Insane asylums Bombay 1873-77 - 1873-1877
Year: 1873
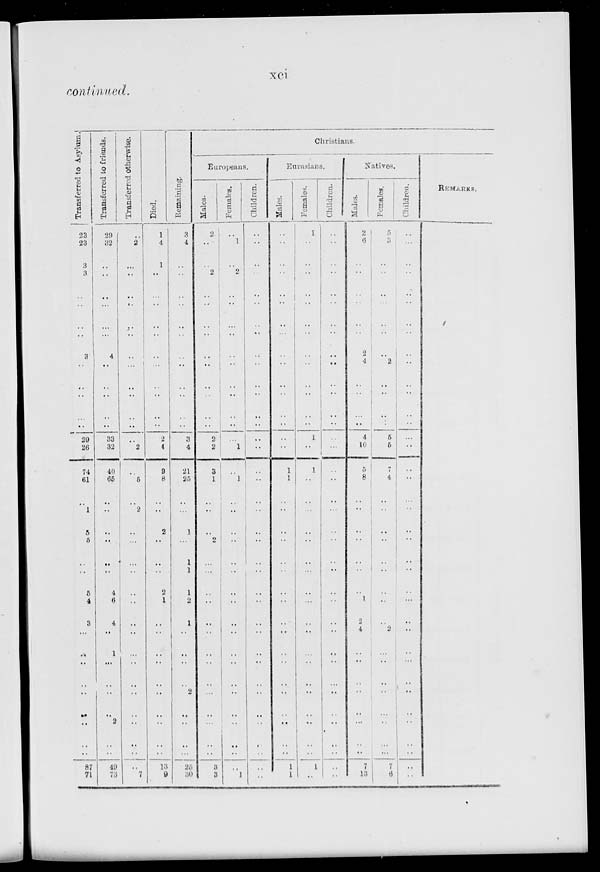
xci
continued.
Transferred to Asylum.
23
23
3
3
..
..
..
3
..
..
..
..
29
26
74
61
..
1
5
5
..
..
5
4
3
..
..
..
..
..
..
..
..
..
87
71
Transferred to friends.
29
32
..
..
..
..
..
4
..
..
..
..
33
32
40
65
..
..
..
..
..
..
4
6
4
..
1
..
..
..
..
2
..
..
49
73
Transferred otherwise.
..
2
..
..
..
..
..
..
..
..
..
..
..
2
..
5
..
..
..
..
..
..
..
..
..
..
..
..
..
..
..
..
..
..
..
7
Died.
1
4
1
..
..
..
..
..
..
..
..
..
2
4
9
8
..
..
2
..
..
..
2
1
..
..
..
..
..
..
..
..
..
..
13
9
Remaining.
3
4
..
..
..
..
..
..
..
..
..
..
3
4
21
25
..
..
1
..
1
1
1
2
1
..
..
..
..
2
..
..
..
..
25
30
Christians.
Europeans.
Males.
2
..
..
2
..
..
..
..
..
..
..
..
2
2
3
1
..
..
..
..
..
..
..
..
..
..
..
..
..
..
..
..
..
..
3
3
Females.
..
1
..
..
..
..
..
..
..
..
..
..
..
1
..
1
..
..
..
..
..
..
..
..
..
..
..
..
..
..
..
..
..
..
..
1
Children.
..
..
..
..
..
..
..
..
..
..
..
..
..
..
..
..
..
..
..
..
..
..
..
..
..
..
..
..
..
..
..
..
..
..
..
..
Eurasians.
Males.
..
..
..
..
..
..
..
..
..
..
..
..
..
..
1
1
..
..
..
..
..
..
..
..
..
..
..
..
..
..
..
..
..
..
1
1
Females.
1
..
..
..
..
..
..
..
..
..
..
..
1
..
1
..
..
..
..
..
..
..
..
..
..
..
..
..
..
..
..
..
..
..
1
..
Children.
..
..
..
..
..
..
..
..
..
..
..
..
..
..
..
..
..
..
..
..
..
..
..
..
..
..
..
..
..
..
..
..
..
..
..
..
Natives.
Males.
2
6
..
..
..
..
..
2
4
..
..
..
4
10
5
8
..
..
..
..
..
..
..
1
2
4
..
..
..
..
..
..
..
..
7
13
Females.
5
3
..
..
..
..
..
..
2
..
..
..
5
5
7
4
..
..
..
..
..
..
..
..
..
2
..
..
..
..
..
..
..
..
7
6
Children.
..
..
..
..
..
..
..
..
..
..
..
..
..
..
..
..
..
..
..
..
..
..
..
..
..
..
..
..
..
..
..
..
..
..
..
..
REMARKS.